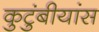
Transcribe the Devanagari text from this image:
कुटुंबीयांस